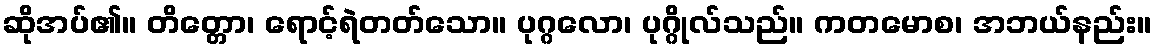
ဆိုအပ်၏။ တိတ္တော၊ ရောင့်ရဲတတ်သော။ ပုဂ္ဂလော၊ ပုဂ္ဂိုလ်သည်။ ကတမောစ၊ အဘယ်နည်း။